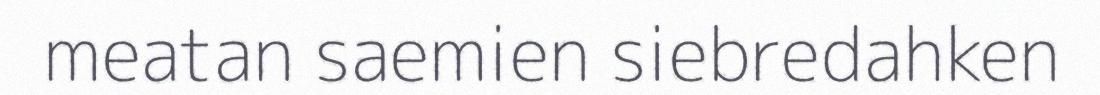
meatan saemien siebredahken